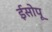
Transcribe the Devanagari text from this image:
ईसोपू